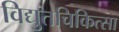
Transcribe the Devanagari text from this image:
विद्युतचिकित्सा